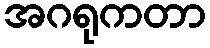
အဂရုကတာ